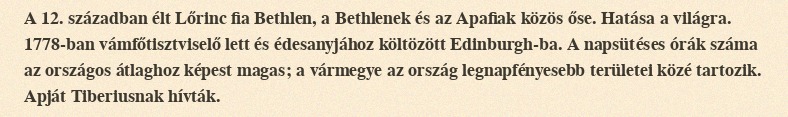
A 12. században élt Lőrinc fia Bethlen, a Bethlenek és az Apafiak közös őse. Hatása a világra. 1778-ban vámfőtisztviselő lett és édesanyjához költözött Edinburgh-ba. A napsütéses órák száma az országos átlaghoz képest magas; a vármegye az ország legnapfényesebb területei közé tartozik. Apját Tiberiusnak hívták.